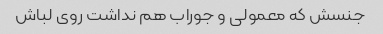
جنسش که معمولی و جوراب هم نداشت روی لباش